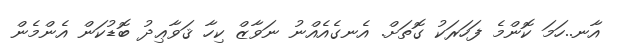
އާނ..ހަމަ ކޮންމެ ފަހަރަކު ގޮތަށް. އެނގެއެއްނު ނަވާޒް ކިހާ ޤަވާޢިދު ބޮޑުކަން އެންމެން